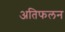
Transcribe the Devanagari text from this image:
अतिफलन